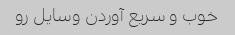
خوب و سریع آوردن وسایل رو